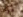
هواك